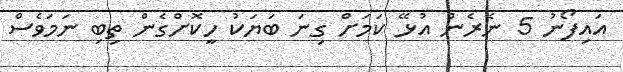
އައިފޯނު 5 ނެރެން އުޅޭ ކަމަށް ގިނަ ބަޔަކު ހީކޮށްގެން ތިބި ނަމަވެސް